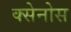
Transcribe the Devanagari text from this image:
क्सेनोस